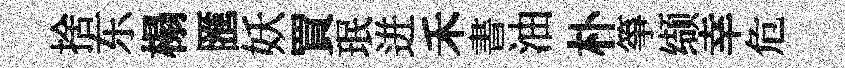
捨东榻匯妖買珉迸禾書油朴箏缬幸危